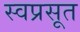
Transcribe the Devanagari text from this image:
स्वप्रसूत